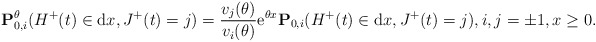
\begin{align*}\mathbf{P}_{0,i}^{\theta}(H^+(t) \in {\rm d}x, J^+(t)= j) = \frac{v_j(\theta)}{v_i(\theta)}{\rm e}^{\theta x}\mathbf{P}_{0,i}(H^+(t) \in {\rm d}x, J^+(t)= j), i,j=\pm1, x\geq 0.\end{align*}